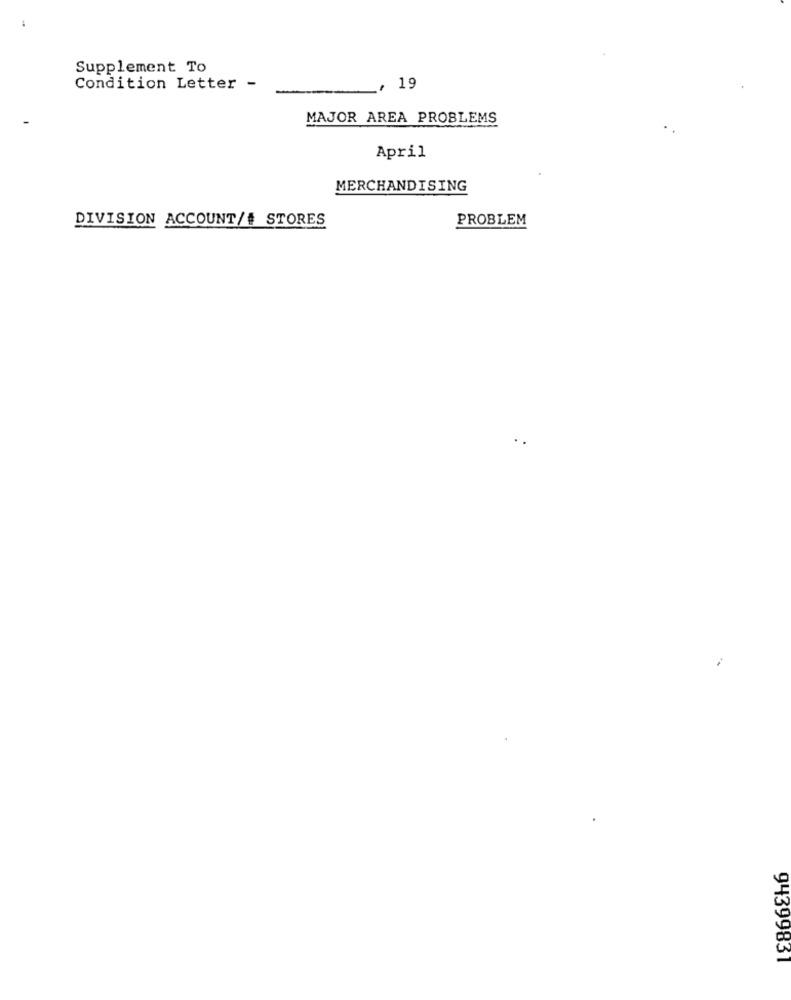
Supplement To
Condition Letter
, 19
MAJOR AREA PROBLEMS
April
MERCHANDISING
DIVISION ACCOUNT/# STORES
PROBLEM
94399831